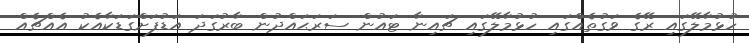
ހުޅުމާލޭގައި ރޭގެ ވަގުތެއްގައި ހުޅުމާލޭގައި ޗައިނާ ޓައުން ސަރަޙައްދުން ބާރުގަދަ އަޑުފަށްގަޑަކާއެކު އެއްޗެއް